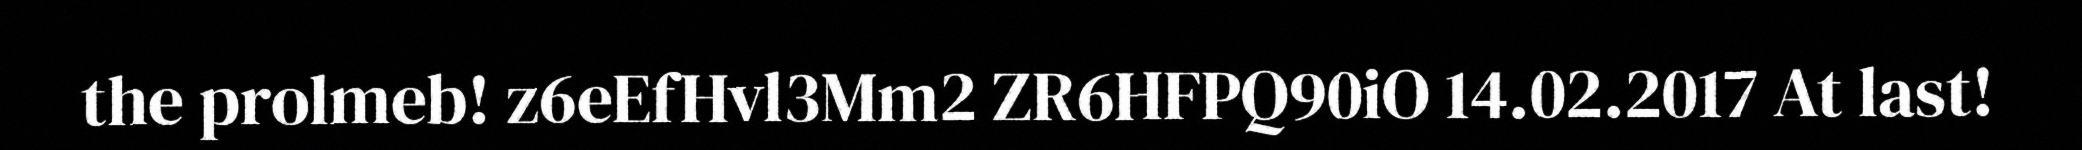
the prolmeb! z6eEfHvl3Mm2 ZR6HFPQ90iO 14.02.2017 At last!